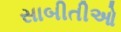
સાબીતીઓ